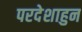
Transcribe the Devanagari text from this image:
परदेशाहुन